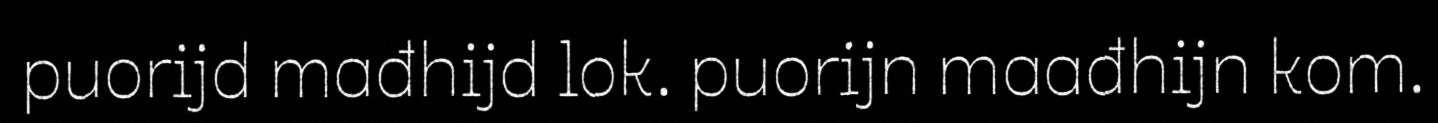
puorijd mađhijd lok. puorijn maađhijn kom.